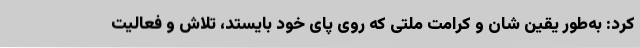
کرد: به‌طور یقین شان و کرامت ملتی که روی پای خود بایستد، تلاش و فعالیت